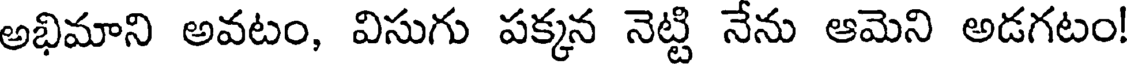
అభిమాని అవటం, విసుగు పక్కన నెట్టి నేను ఆమెని అడగటం!